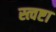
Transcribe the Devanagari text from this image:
स्त्वष्टा